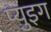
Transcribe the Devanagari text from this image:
प्युइग